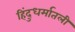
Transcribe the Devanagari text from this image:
हिंदुधर्मातली